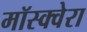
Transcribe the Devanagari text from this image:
मॉस्क्वेरा